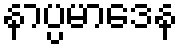
နာပ္ပမာဒေန